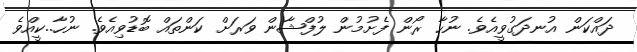
ދައްކަން އުނދަގުވީއެވެ. ނުހާ ރޯން ފެށުމުން ލުފްޝާން ވަރަށް ކަންތައް ބޮޑުވިއެވެ. ނުހާ..ކީއްވެ